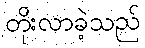
တိုးလာခဲ့သည်